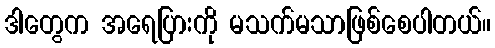
ဒါတွေက အရေပြားကို မသက်မသာဖြစ်စေပါတယ်။